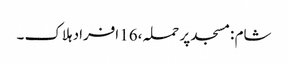
شام :مسجد پر حملہ ،16 افراد ہلاک ۔